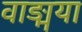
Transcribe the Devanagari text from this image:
वाङ्मया